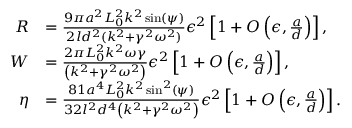
\begin{array} { r l } { R } & { = \frac { 9 \pi a ^ { 2 } L _ { 0 } ^ { 2 } k ^ { 2 } \sin ( \psi ) } { 2 l d ^ { 2 } ( k ^ { 2 } + \gamma ^ { 2 } \omega ^ { 2 } ) } \epsilon ^ { 2 } \left[ 1 + O \left( \epsilon , \frac { a } { d } \right) \right] , } \\ { W } & { = \frac { 2 \pi L _ { 0 } ^ { 2 } k ^ { 2 } \omega \gamma } { \left( k ^ { 2 } + \gamma ^ { 2 } \omega ^ { 2 } \right) } \epsilon ^ { 2 } \left[ 1 + O \left( \epsilon , \frac { a } { d } \right) \right] , } \\ { \eta } & { = \frac { 8 1 a ^ { 4 } L _ { 0 } ^ { 2 } k ^ { 2 } \sin ^ { 2 } ( \psi ) } { 3 2 l ^ { 2 } d ^ { 4 } \left( k ^ { 2 } + \gamma ^ { 2 } \omega ^ { 2 } \right) } \epsilon ^ { 2 } \left[ 1 + O \left( \epsilon , \frac { a } { d } \right) \right] . } \end{array}